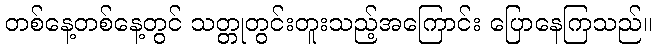
တစ်နေ့တစ်နေ့တွင် သတ္တုတွင်းတူးသည့်အကြောင်း ပြောနေကြသည်။